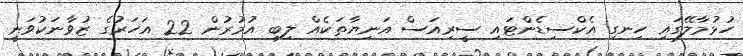
ހުޅުމާލޭގައި ހިނގި އެކްސިޑެންޓައި ސީރިއަސް އަނިޔާތަކެއް ލިބި އުމުރުން 22 އަހަރުގެ ޒުވާނަކުވަނީ